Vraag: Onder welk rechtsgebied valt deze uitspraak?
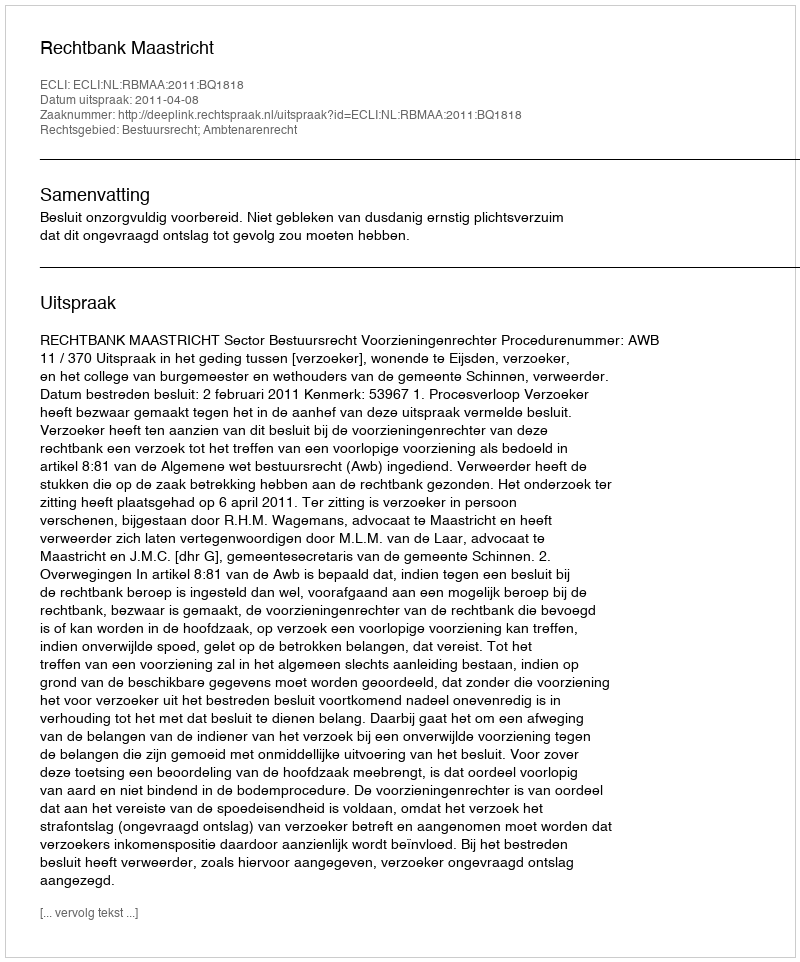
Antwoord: Bestuursrecht; Ambtenarenrecht